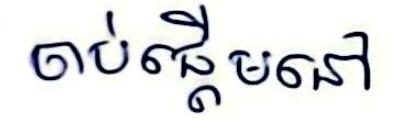
ចាប់ផ្ដើមនៅ